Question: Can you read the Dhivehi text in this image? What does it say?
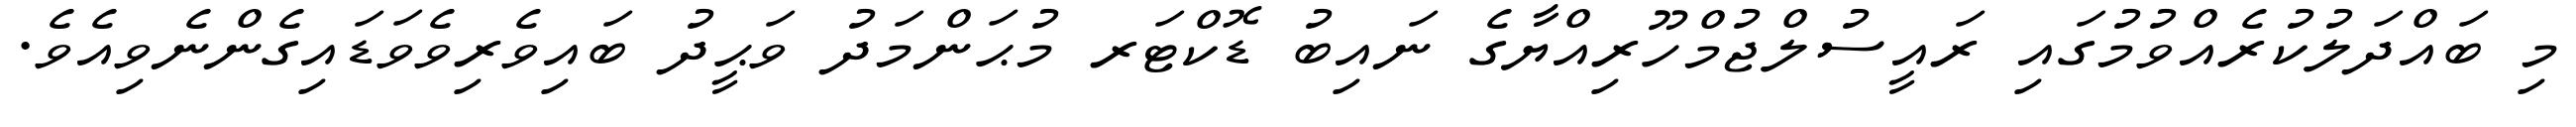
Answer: މި ބައްދަލުކުރެއްވުމުގައި ރައީސުލްޖުމްހޫރިއްޔާގެ ނައިބު ޑޮކްޓަރ މުޙަންމަދު ވަޙީދު ބައިވެރިވެވަޑައިގެންނެވިއެވެ.